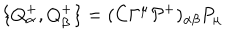
\{ Q _ { \alpha } ^ { + } , Q _ { \beta } ^ { + } \} = ( C \Gamma ^ { \mu } { \cal P } ^ { + } ) _ { \alpha \beta } P _ { \mu }